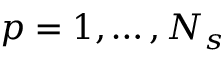
p = 1 , \dots , N _ { s }